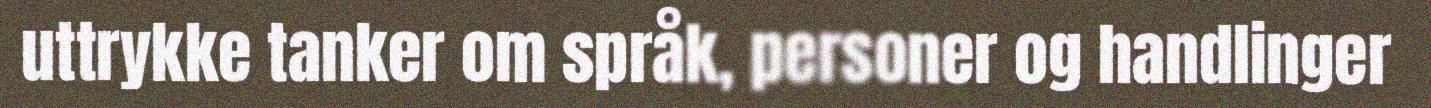
uttrykke tanker om språk, personer og handlinger